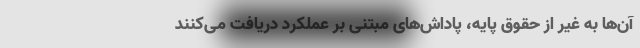
آن‌ها به غیر از حقوق پایه، پاداش‌های مبتنی بر عملکرد دریافت می‌کنند